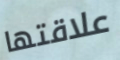
علاقتها